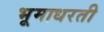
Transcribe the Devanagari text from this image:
भूमाधरती